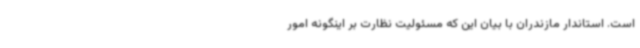
است. استاندار مازندران با بیان این که مسئولیت نظارت بر اینگونه امور